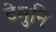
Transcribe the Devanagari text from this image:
टेमुनि